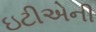
ઇટીએની